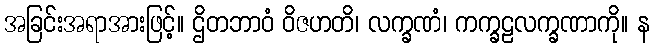
အခြင်းအရာအားဖြင့်။ ဌိတဘာဝံ ဝိဇဟတိ၊ လက္ခဏံ၊ ကက္ခဠလက္ခဏာကို။ န